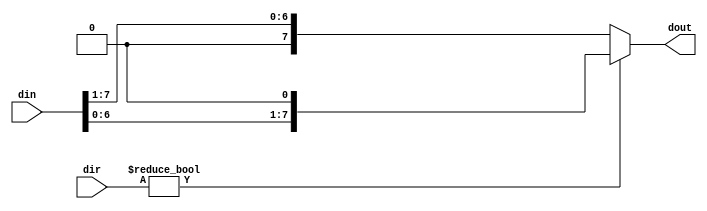
module shift #(parameter DWIDTH = 8)(
input   [DWIDTH-1:0] dir,
input   [DWIDTH-1:0] din,
output  [DWIDTH-1:0]dout
);

assign dout = dir ? din<<1
			      : din>>1;

endmodule